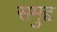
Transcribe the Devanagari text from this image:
समुद्द